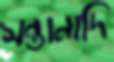
সন্তানাদি